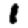
Digit: 1